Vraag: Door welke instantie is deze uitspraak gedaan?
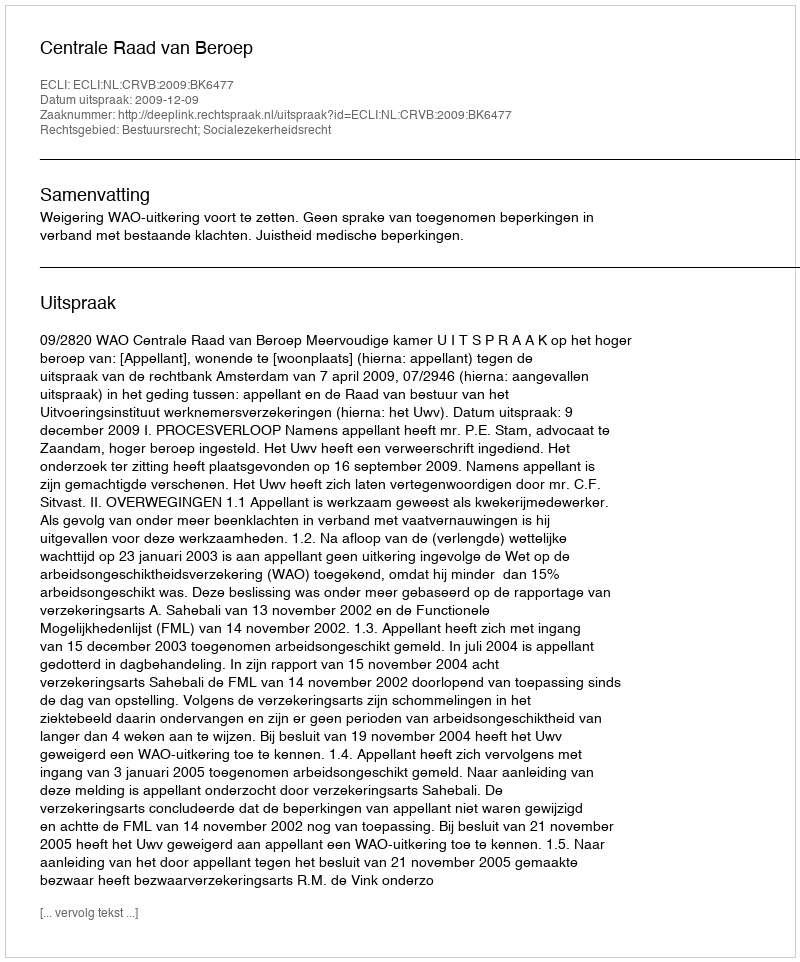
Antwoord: Centrale Raad van Beroep